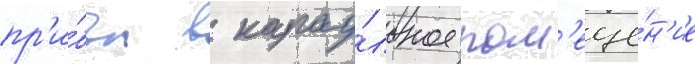
пр'и́был в карау́льное пом'еще́н'ие